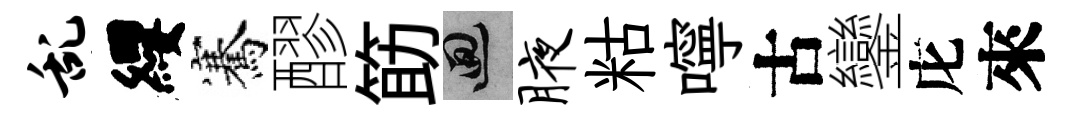
乱纓騫醪筯回腋䊀嚀古鑾庀來